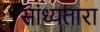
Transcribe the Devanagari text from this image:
सांध्यतारा